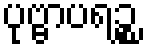
ပုဗ္ဗာပရဉ္စ